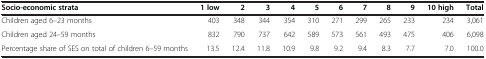
<table><thead><tr><td><b>Socio-economic strata</b></td><td><b>1 low</b></td><td><b>2</b></td><td><b>3</b></td><td><b>4</b></td><td><b>5</b></td><td><b>6</b></td><td><b>7</b></td><td><b>8</b></td><td><b>9</b></td><td><b>10 high</b></td><td><b>Total</b></td></tr></thead><tbody><tr><td>Children aged 6–23 months</td><td>403</td><td>348</td><td>344</td><td>354</td><td>310</td><td>271</td><td>299</td><td>265</td><td>233</td><td>234</td><td>3,061</td></tr><tr><td>Children aged 24–59 months</td><td>832</td><td>790</td><td>737</td><td>642</td><td>589</td><td>573</td><td>561</td><td>493</td><td>475</td><td>406</td><td>6,098</td></tr><tr><td>Percentage share of SES on total of children 6–59 months</td><td>13.5</td><td>12.4</td><td>11.8</td><td>10.9</td><td>9.8</td><td>9.2</td><td>9.4</td><td>8.3</td><td>7.7</td><td>7.0</td><td>100.0</td></tr></tbody></table>